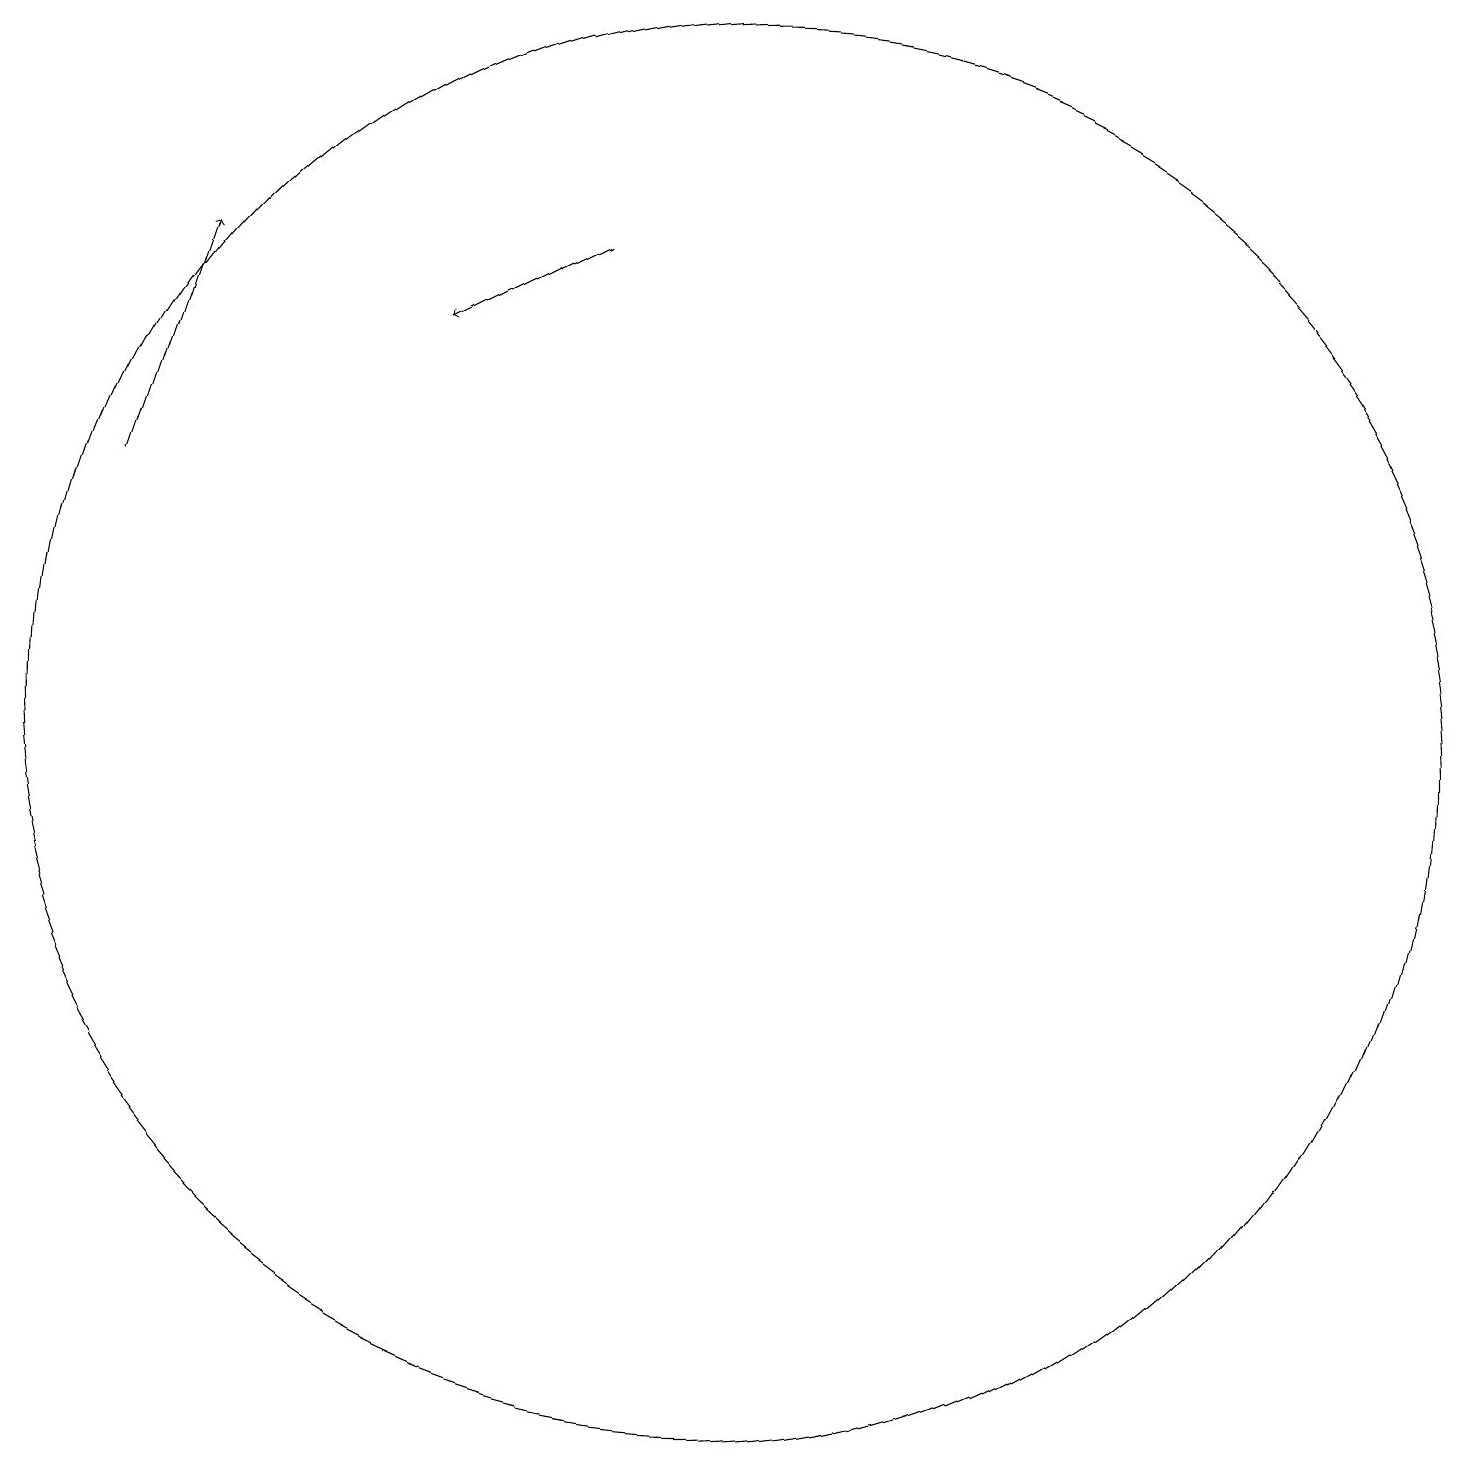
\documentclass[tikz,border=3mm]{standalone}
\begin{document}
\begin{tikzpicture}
\draw (10,11) circle (0);
\draw (11,11) circle (9);
\draw[->] (9,17) -- (7,16);
\draw[->] (3,14) -- (4,17);
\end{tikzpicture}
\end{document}